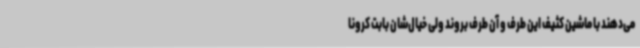
می‌دهند با ماشین کثیف این طرف و آن طرف بروند ولی خیال‌شان بابت کرونا